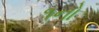
૧નો